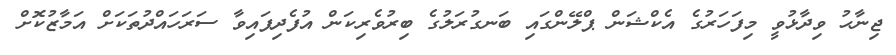
ޖިނާޙު ވިދާޅުވީ މިފަހަރުގެ އެކްޝަން ޕްލޭންގައި ބަނގުރަލުގެ ބިރުވެރިކަން އުފެދިފައިވާ ސަރަހައްދުތަކަށް އަމާޒުކޮށް